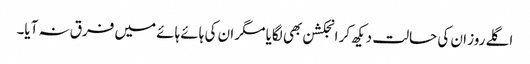
اگلے روز ان کی حالت دیکھ کر انجکشن بھی لگایا مگر ان کی ہائے ہائے میں فرق نہ آیا۔